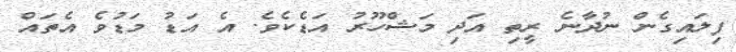
ފިލައިގެން ނުދާނެ ރީތި އަދި މަޝްހޫރު އަޑެކެވެ. އެ އަޑު މަޑުވެ އެތައް